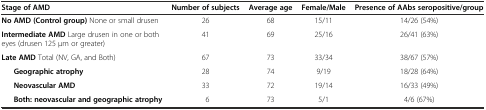
| <COLSPAN=2> Stage of AMD | Number of subjects | Average age | Female/Male | Presence of AAbs seropositive/group |
 | --- | --- | --- | --- | --- | --- |
 | <COLSPAN=2> No AMD (Control group) None or small drusen | 26 | 68 | 15/11 | 14/26 (54%) |
 | <COLSPAN=2> Intermediate AMD Large drusen in one or both eyes (drusen 125 μm or greater) | 41 | 69 | 25/16 | 26/41 (63%) |
 | <COLSPAN=2> Late AMD Total (NV, GA, and Both) | 67 | 73 | 33/34 | 38/67 (57%) |
 | <ROWSPAN=3>  | Geographic atrophy | 28 | 74 | 9/19 | 18/28 (64%) |
 | Neovascular AMD | 33 | 72 | 19/14 | 16/33 (49%) |
 | Both: neovascular and geographic atrophy | 6 | 73 | 5/1 | 4/6 (67%) |